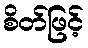
စိတ်ဖြင့်